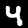
Label: 4